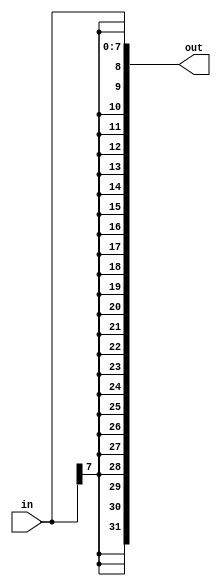
module top_module (
    input [7:0] in,
    output [31:0] out
);
    assign out = {{24{in[7]}},in[7:0]};
endmodule


module test_module (
    input [7:0] in,
    output [31:0] out );//

    wire [3:0] test;
    wire [3:0] good;
    assign test[3:0] = 4'b1011;
    assign good[3:0] = {1{test}};
endmodule